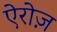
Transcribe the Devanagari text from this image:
ऐरोज़